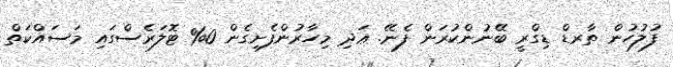
ފުލުހުން ތާރޑް ޑިގްރީ ބޭނުންކުރަން ފެނޭ. ޢަދި މިހާރުންފެށިގެން 0% ޓޮލަރެސްގައި މަސައްކަތް